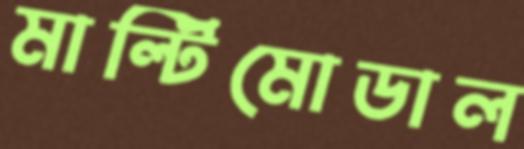
মাল্টিমোডাল